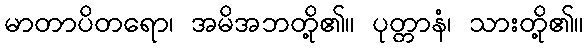
မာတာပိတရော၊ အမိအဘတို့၏။ ပုတ္တာနံ၊ သားတို့၏။